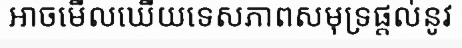
អាចមើលឃើយទេសភាពសមុទ្រផ្តល់នូវ